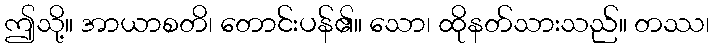
ဤသို့။ အာယာစတိ၊ တောင်းပန်၏။ သော၊ ထိုနတ်သားသည်။ တဿ၊